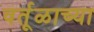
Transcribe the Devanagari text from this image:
वर्तूळाच्या